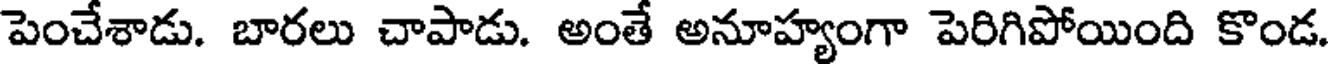
పెంచేశాడు. బారలు చాపాడు. అంతే అనూహ్యంగా పెరిగిపోయింది కొండ